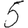
Digit: 5